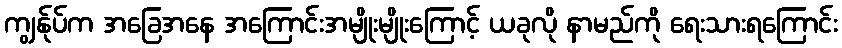
ကျွန်ုပ်က အခြေအနေ အကြောင်းအမျိုးမျိုးကြောင့် ယခုလို နာမည်ကို ရေးသားရကြောင်း